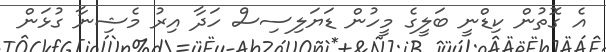
އެ ގޮތުން ކިޑްނީ ބަލީގެ މީހުން ޑަޔަލިސިސް ހަދާ އިރު މެޝިނާ ގުޅަން